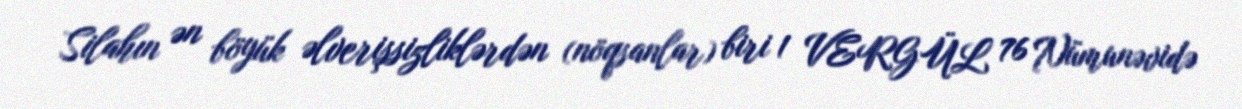
Silahın ən böyük əlverişsizliklərdən (nöqsanlar) biri 1 VERGÜL 76 Nümunəvidə